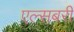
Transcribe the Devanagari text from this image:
एल्सबरी